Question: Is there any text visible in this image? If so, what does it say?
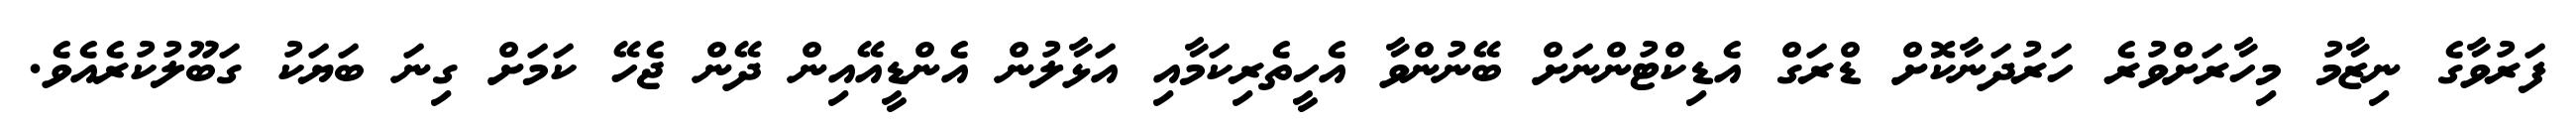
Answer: ފަރުވާގެ ނިޒާމު މިހާރަށްވުރެ ހަރުދަނާކޮށް ޑްރަގް އެޑިކްޓުންނަށް ބޭނުންވާ އެހީތެރިކަމާއި އަޅާލުން އެންޑީއޭއިން ދޭން ޖެހޭ ކަމަށް ގިނަ ބަޔަކު ގަބޫލުކުރެއެވެ.